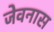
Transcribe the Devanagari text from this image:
जेवनास